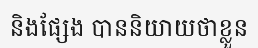
និងផ្សែង បាននិយាយថាខ្លួន